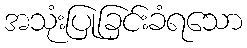
အသုံးပြုခြင်းခံရသော